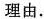
理由.